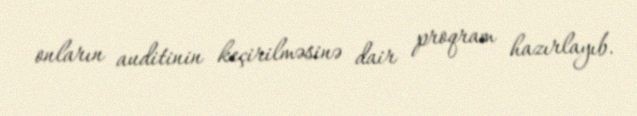
onların auditinin keçirilməsinə dair proqram hazırlayıb.